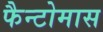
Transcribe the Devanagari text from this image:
फैन्टोमास